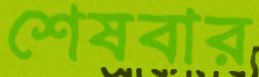
শেষবার